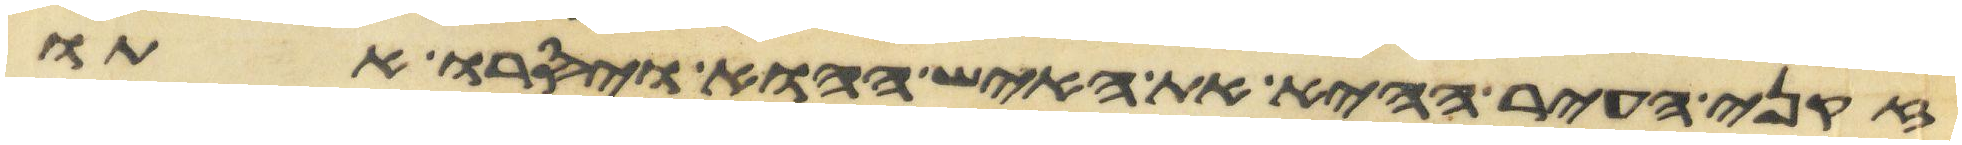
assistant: זקני העיר ההיא את האיש ההוא ויסרו אתו